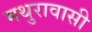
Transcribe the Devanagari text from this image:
मथुरावासी